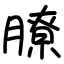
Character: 膫